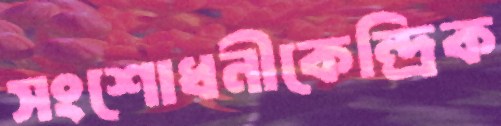
সংশোধনীকেন্দ্রিক